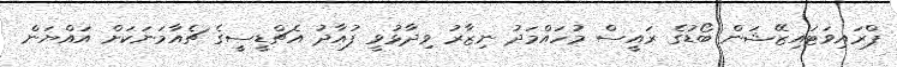
ޕްރައިވަޓައިޒޭޝަން ބޯޑުގެ ރައީސް މުހައްމަދު ނިޒާރު ވިދާޅުވީ ފުއާދު އެޗްޑީސީގެ ޗެއާމަނަކަށް އައްޔަން